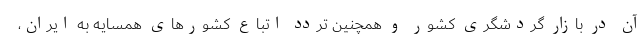
آن در بازار گردشگری کشور و همچنین تردد اتباع کشور‌های همسایه به ایران،